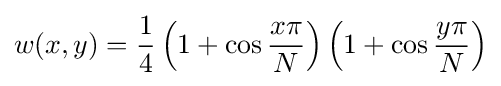
w(x,y)={\frac {1}{4}}\left(1+\cos {\frac {x\pi }{N}}\right)\left(1+\cos {\frac {y\pi }{N}}\right)